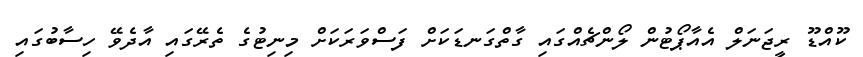
ކޫއްޑޫ ރީޖަނަލް އެއާޕޯޓުން ލޯންޗެއްގައި ގާތްގަނޑަކަށް ފަސްވަރަކަށް މިނިޓުގެ ތެރޭގައި އާދެވޭ ހިސާބުގައި